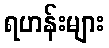
ရဟန်းများ